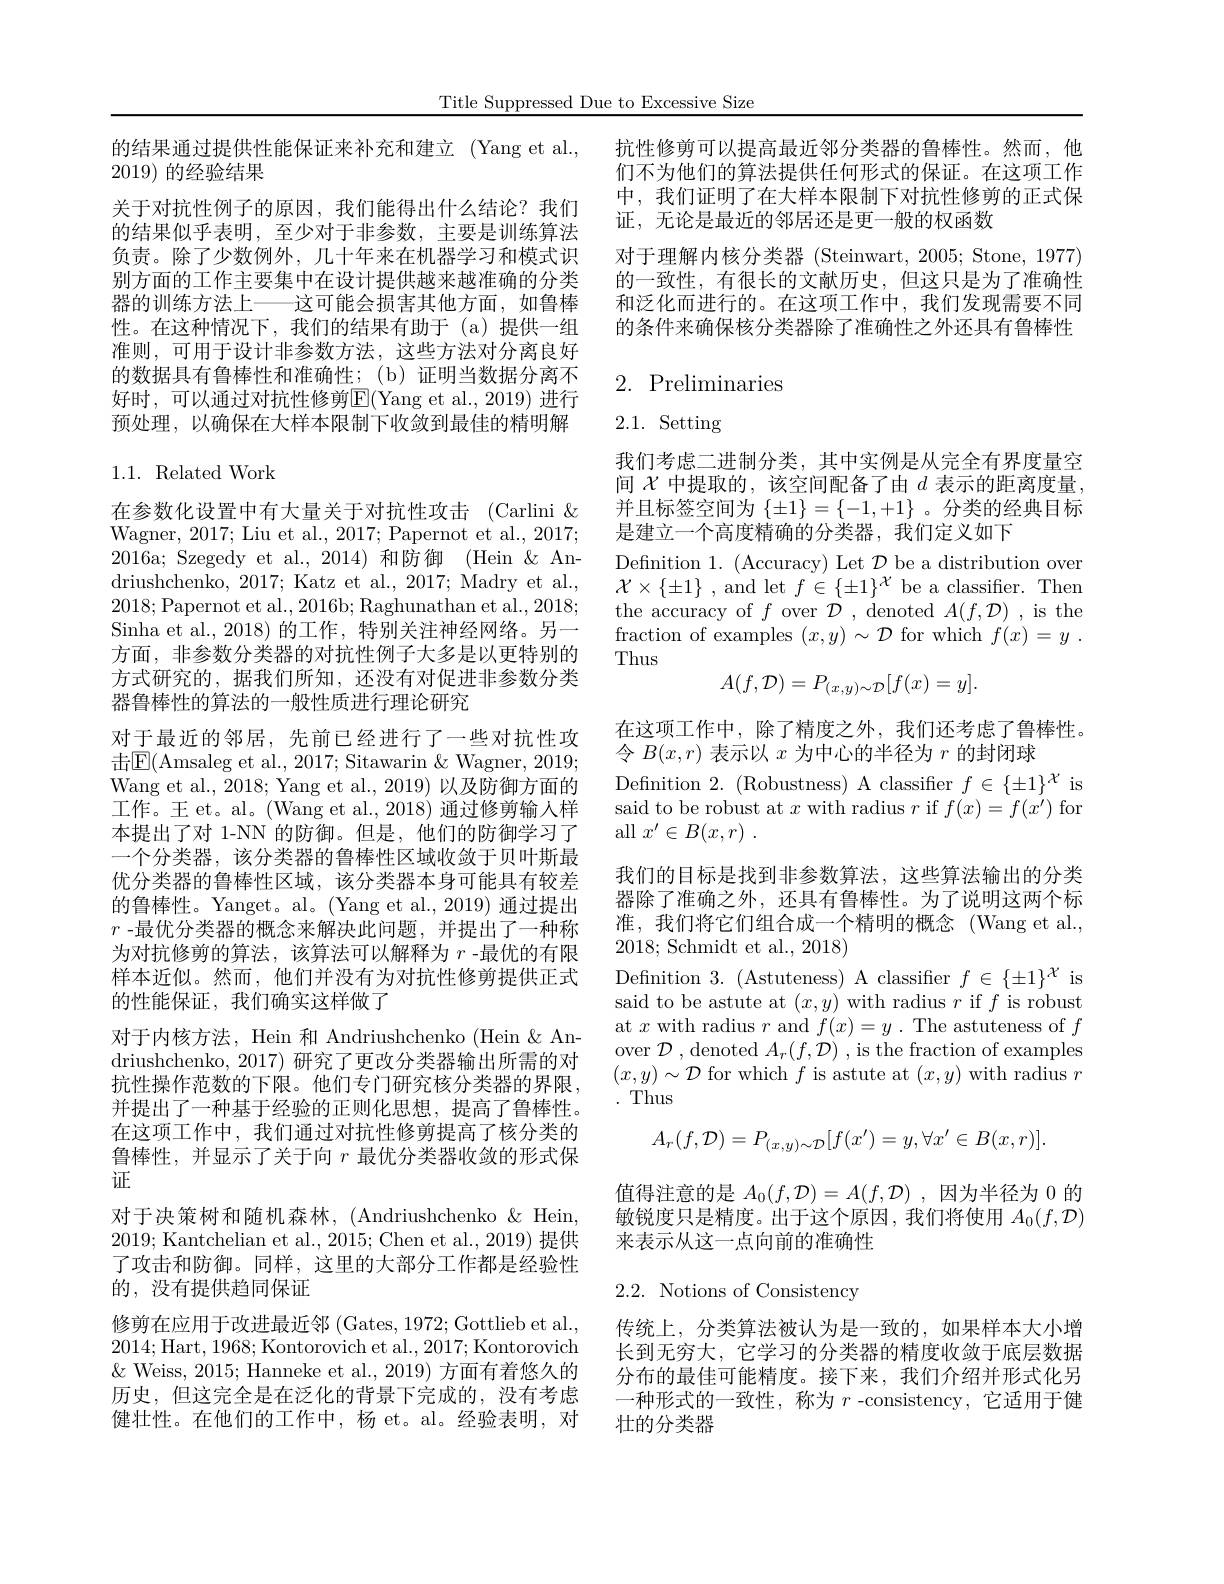
Title Suppressed Due to Excessive Size

的结果通过提供性能保证来补充和建立 (Yang et al.,
2019)的经验结果
关于对抗性例子的原因，我们能得出什么结论？我们的结果似乎表明，至少对于非参数，主要是训练算法负责。除了少数例外，几十年来在机器学习和模式识别方面的工作主要集中在设计提供越来越准确的分类器的训练方法上——这可能会损害其他方面，如鲁棒性。在这种情况下，我们的结果有助于(a)提供一组准则，可用于设计非参数方法，这些方法对分离良好的数据具有鲁棒性和准确性；(b)证明当数据分离不好时，可以通过对抗性修剪E(Yang et al.,2019)进行预处理，以确保在大样本限制下收敛到最佳的精明解

## 1.1.Related Work

在参数化设置中有大量关于对抗性攻击(Carlini $\&$ Wagner, 2017; Liu et al., 2017; Papernot et al., 2017; 2016a; Szegedy et al., 2014)和防御 (Hein & Andriushchenko, 2017; Katz et al., 2017; Madry et al., 2018;Papernot et al.,2016b;Raghunathan et al.,2018; Sinha et al., 2018) 的工作，特别关注神经网络。另一方面，非参数分类器的对抗性例子大多是以更特别的方式研究的，据我们所知，还没有对促进非参数分类器鲁棒性的算法的一般性质进行理论研究
对于最近的邻居，先前已经进行了一些对抗性攻击$\mathsf{E}($Amsaleg et al., 2017; Sitawarin & Wagner, 2019; Wang et al., 2018; Yang et al., 2019) 以及防御方面的工作。王 et。al。(Wang et al., 2018) 通过修剪输入样本提出了对 1-NN 的防御。但是，他们的防御学习了一个分类器，该分类器的鲁棒性区域收敛于贝叶斯最优分类器的鲁棒性区域，该分类器本身可能具有较差的鲁棒性。Yanget。al。(Yang et al.,2019) 通过提出$r$ -最优分类器的概念来解决此问题，并提出了一种称为对抗修剪的算法，该算法可以解释为$r$ -最优的有限样本近似。然而，他们并没有为对抗性修剪提供正式的性能保证，我们确实这样做了
对于内核方法，Hein 和 Andriushchenko (Hein & Andriushchenko, 2017) 研究了更改分类器输出所需的对抗性操作范数的下限。他们专门研究核分类器的界限， 并提出了一种基于经验的正则化思想，提高了鲁棒性。在这项工作中，我们通过对抗性修剪提高了核分类的鲁棒性，并显示了关于向$r$最优分类器收敛的形式保证
对于决策树和随机森林，(Andriushchenko&&Hein, 2019; Kantchelian et al., 2015; Chen et al., 2019) 提供了攻击和防御。同样，这里的大部分工作都是经验性的，没有提供趋同保证
修剪在应用于改进最近邻 (Gates, 1972; Gottlieb et al., 2014;Hart,1968;Kontorovich et al.,2017;Kontorovich $\&$ Weiss, 2015; Hanneke et al., 2019) 方面有着悠久的历史，但这完全是在泛化的背景下完成的，没有考虑健壮性。在他们的工作中，杨 et。al。经验表明，对

抗性修剪可以提高最近邻分类器的鲁棒性。然而，他们不为他们的算法提供任何形式的保证。在这项工作中，我们证明了在大样本限制下对抗性修剪的正式保证，无论是最近的邻居还是更一般的权函数

对于理解内核分类器 (Steinwart, 2005; Stone, 1977) 的一致性，有很长的文献历史，但这只是为了准确性和泛化而进行的。在这项工作中，我们发现需要不同的条件来确保核分类器除了准确性之外还具有鲁棒性

## 2. Preliminaries

# 2.1. Setting

我们考虑二进制分类，其中实例是从完全有界度量空间$\mathcal{X}$中提取的，该空间配备了由$d$表示的距离度量， 并且标签空间为$\{\pm1\}=\{-1,+1\}$ 。分类的经典目标是建立一个高度精确的分类器，我们定义如下
Defnition 1. (Accuracy) Let $\mathcal{D}$ be a distribution over $\mathcal{X}\times\{\pm1\}$ , and let $f\in\{\pm1\}^\mathcal{X}$ be a classifier. Then the accuracy of $f$ over $\mathcal{D}$, denoted $A(f,\mathcal{D})$, is the fraction of examples $(x,y)\sim\mathcal{D}$ for which $f( x) = y$ . Thus
$$A(f,\mathcal{D})=P_{(x,y)\sim\mathcal{D}}[f(x)=y].$$
在这项工作中，除了精度之外，我们还考虑了鲁棒性。
令$B(x,r)$表示以$x$为中心的半径为$r$的封闭球
Defnition 2. (Robustness) A classifier $f\in\{\pm1\}^\mathcal{X}$ is said to be robust at $x$ with radius $r$ if $f(x)=f(x^{\prime})$ for all $x^{\prime }\in B( x, r)$ .
我们的目标是找到非参数算法，这些算法输出的分类器除了准确之外，还具有鲁棒性。为了说明这两个标准，我们将它们组合成一个精明的概念(Wang et al., 2018;Schmidt et al., 2018)
Defnition 3. (Astuteness) A classifier $f\in\{\pm1\}^\mathcal{X}$ is said to be astute at $(x,y)$ with radius $r$ if $f$ is robust at $x$ with radius $r$ and $f(x)=y$ . The astuteness of $f$ over $\mathcal{D}$ , denoted $A_r(f,\mathcal{D})$ , is the fraction of examples $(x,y)\sim\mathcal{D}$ for which $f$ is astute at $(x,y)$ with radius $r$ .Thus
$$A_{r}(f,\mathcal{D})=P_{(x,y)\sim\mathcal{D}}[f(x')=y,\forall x'\in B(x,r)].$$
值得注意的是$A_0(f,\mathcal{D})=A(f,\mathcal{D})$,因为半径为 0 的敏锐度只是精度。出于这个原因，我们将使用$A_0(f,\mathcal{D})$ 来表示从这一点向前的准确性

2.2. Notions of Consistency

传统上，分类算法被认为是一致的，如果样本大小增长到无穷大，它学习的分类器的精度收敛于底层数据分布的最佳可能精度。接下来，我们介绍并形式化另一种形式的一致性，称为$r$ -consistency,它适用于健壮的分类器